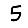
Digit: 5